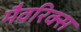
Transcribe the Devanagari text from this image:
मैवरिक्स